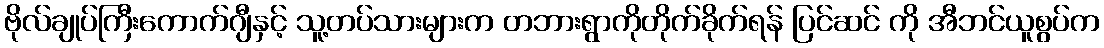
ဗိုလ်ချုပ်ကြီးကောက်ဂျီနှင့် သူ့တပ်သားများက တဘားရွာကိုတိုက်ခိုက်ရန် ပြင်ဆင် ကို အီဘင်ယူစွပ်က